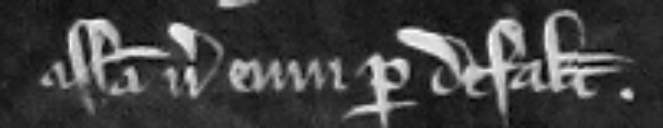
assisa versus eum per defaltam.